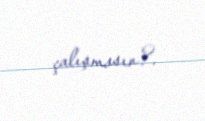
çalışmasın?.